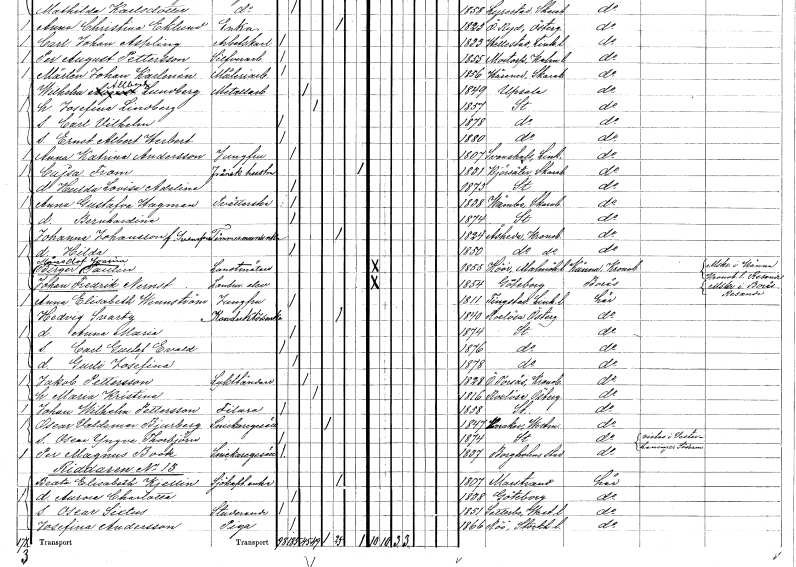
gt_parse: households: individuals: FN: Anna Gustafva
EN: Hagman
YRKE: Tvätterska
KON: K
CIV: O
FODAR: 1838
FODFORS: Våmb Skaraborgs län
FN: Bernhardina
KON: K
CIV: O
FODAR: 1874
FODFORS: Stockholm
FN: Johanna
EN: Johansson Svensson??
YRKE: Timmermansänka
KON: K
CIV: E
FODAR: 1824
FODFORS: Åseda Kronobergs län
FN: Hilda
KON: K
CIV: O
FODAR: 1850
FODFORS: Åseda Kronobergs län
FN: Måns Olof Birger Joacim
EN: Paulin
YRKE: Lantmätare
KON: M
CIV: O
FODAR: 1855
FODFORS: Hör Malmöhus län
FN: Johan Fredrik
EN: Nernst
YRKE: Lantmäterielev
KON: M
CIV: O
FODAR: 1854
FODFORS: Göteborg Göteborgs- och Bohuslän
FN: Anna Elisabeth
EN: Wennström
YRKE: Jungfru
KON: K
CIV: O
FODAR: 1811
FODFORS: Tingstad Östergötlands län
FN: Hedvig
EN: Svartz
YRKE: Konduktörsänka
KON: K
CIV: E
FODAR: 1840
FODFORS: Rogslösa Östergötlands län
FN: Anna Maria
KON: K
CIV: O
FODAR: 1874
FODFORS: Stockholm
FN: Carl Gustaf Evald
KON: M
CIV: O
FODAR: 1876
FODFORS: Stockholm
FN: Gurli Josefina
KON: K
CIV: O
FODAR: 1878
FODFORS: Stockholm
FN: Jakob
EN: Pettersson
YRKE: Lykttändare
KON: M
CIV: G
FODAR: 1828
FODFORS: Östra Torsås Kronobergs län
FN: Maria Kristina
KON: K
CIV: G
FODAR: 1816
FODFORS: Rogslösa Östergötlands län
FN: Johan Wilhelm
EN: Pettersson
YRKE: Filare
KON: M
CIV: O
FODAR: 1858
FODFORS: Stockholm
FN: Oscar Valdemar
EN: Bjurberg
YRKE: Snickaregesäll
KON: M
CIV: E
FODAR: 1847
FODFORS: Haraker Västmanlands län
FN: Oscar Yngve Thorbjörn
KON: M
CIV: O
FODAR: 1874
FODFORS: Stockholm
FN: Per Magnus
EN: Book
YRKE: Snickaregesäll
KON: M
CIV: O
FODAR: 1837
FODFORS: Borgholm Kalmar län
FN: Beata Elisabeth
EN: Kjellin
YRKE: Sjökaptensänka
KON: K
CIV: E
FODAR: 1807
FODFORS: Marstrand Göteborgs- och Bohuslän
FN: Aurora Charlotta
KON: K
CIV: O
FODAR: 1838
FODFORS: Göteborg Göteborgs- och Bohuslän
FN: Oscar Sixtus
YRKE: Studerande
KON: M
CIV: O
FODAR: 1851
FODFORS: Säterbo Västmanlands län
FN: Josefina
EN: Andersson
YRKE: Piga
KON: K
CIV: O
FODAR: 1866
FODFORS: Rö Stockholms län